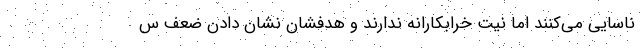
ناسایی می‌کنند اما نیت خرابکارانه ندارند و هدفشان نشان دادن ضعف س